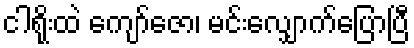
ငါရိုးထဲ ကျော်ဇော၊ မင်းလျှောက်ပြောပြီ